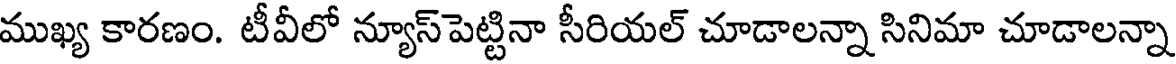
ముఖ్య కారణం. టీవీలో న్యూస్పెట్టినా సీరియల్ చూడాలన్నా సినిమా చూడాలన్నా